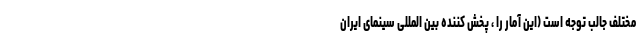
مختلف جالب توجه است (این آمار را ، پخش کننده بین المللی سینمای ایران